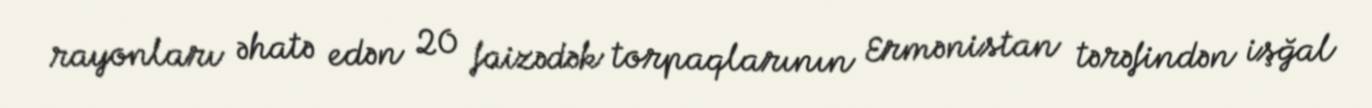
rayonları əhatə edən 20 faizədək torpaqlarının Ermənistan tərəfindən işğal